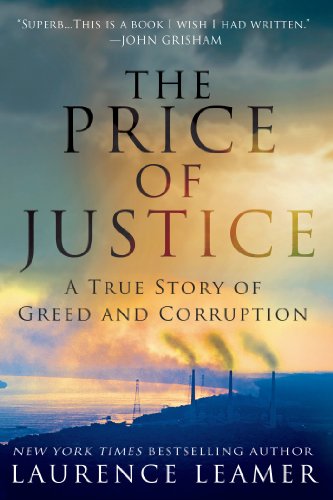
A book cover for The Price of Justice: A True Story of Greed and Corruption; Laurence Leamer; Business & Money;